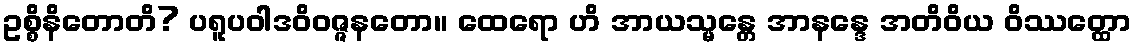
ဥစ္စိနိတောတိ? ပရူပဝါဒဝိဝဇ္ဇနတော။ ထေရော ဟိ အာယသ္မန္တေ အာနန္ဒေ အတိဝိယ ဝိဿတ္ထော